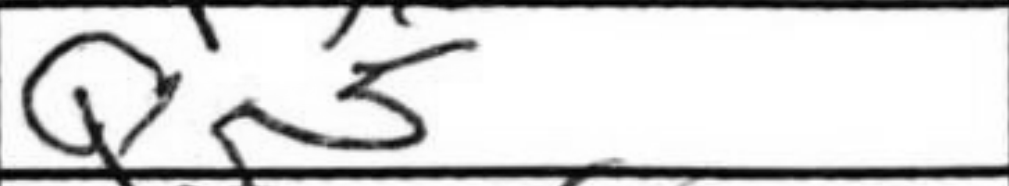
Transcription: Qg5